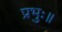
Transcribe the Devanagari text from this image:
प्रभुः॥